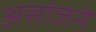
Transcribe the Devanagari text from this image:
असांजने